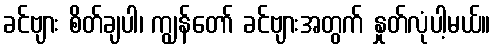
ခင်ဗျား စိတ်ချပါ၊ ကျွန်တော် ခင်ဗျားအတွက် နှုတ်လုံပါ့မယ်။